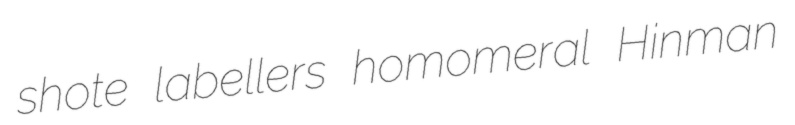
shote labellers homomeral Hinman